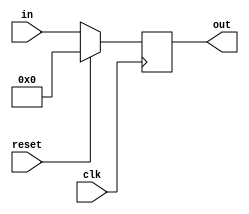
`timescale 1ns / 1ps
//////////////////////////////////////////////////////////////////////////////////
// Company: 
// Engineer: 
// 
// Design Name: 
// Module Name: pc_update
// Project Name: 
// Target Devices: 
// Tool Versions: 
// Description: 
// 
// Dependencies: 
// 
// Revision:
// Revision 0.01 - File Created
// Additional Comments:
// 
//////////////////////////////////////////////////////////////////////////////////


module pc_update(
                  input [15:0] in,  //pc
                  input clk,
                  input reset,
                  output reg [15:0] out  //npc
                 );
          
          
     always @(posedge clk)
      begin
       if(reset==1'b1)
        begin
         out <= 16'b0;
        end
        else
         begin
          out <= in;
         end
      end      
      
endmodule